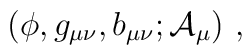
(\phi, g_{\mu\nu}, b_{\mu\nu}; {\cal A}_\mu)\ ,